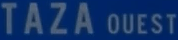
TAZA OUEST